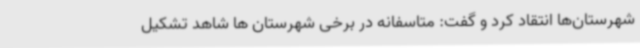
شهرستان‌ها انتقاد کرد و گفت: متاسفانه در برخی شهرستان ها شاهد تشکیل